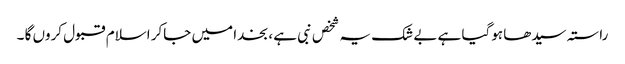
راستہ سیدھا ہوگیا ہے بے شک یہ شخص نبی ہے ، بخدا میں جاکر اسلام قبول کروں گا ۔